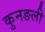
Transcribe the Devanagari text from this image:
कुनङली